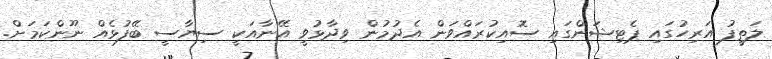
ލަތީފު އަރިހުގައި ޕެޓިޝަންގައި ސޮއިކުރައްވަން އެދުމުން ވިދާޅުވީ އޭނާއަކީ ސިޔާސީ ބޭފުޅެއް ނޫންކަމަށް.